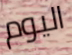
اليوم